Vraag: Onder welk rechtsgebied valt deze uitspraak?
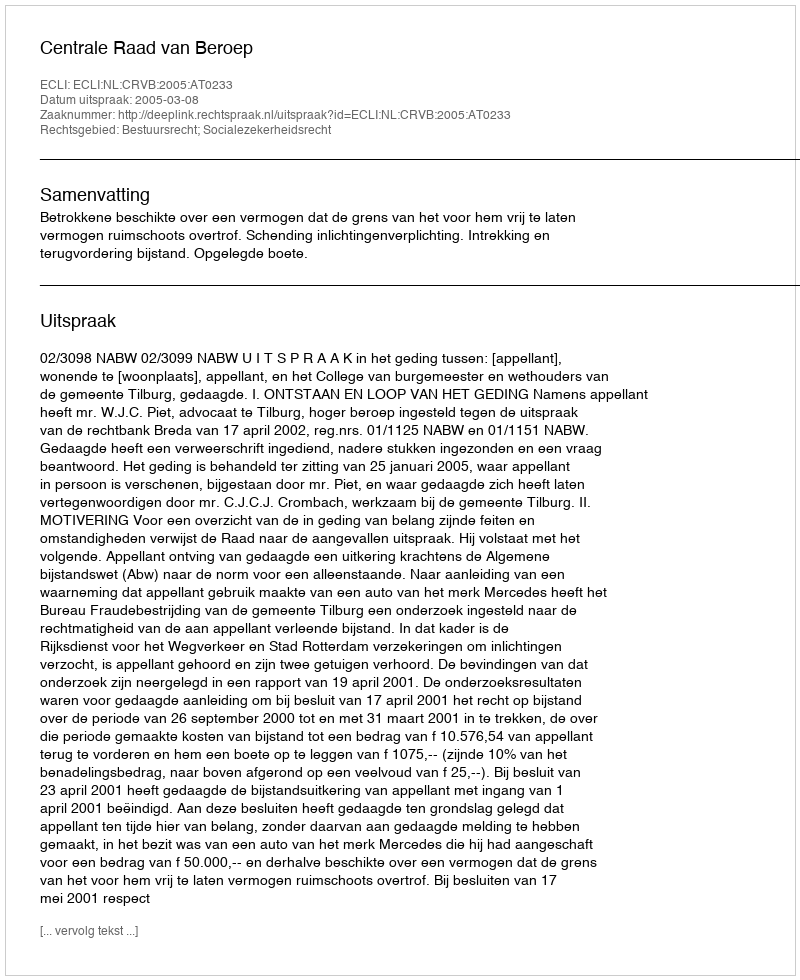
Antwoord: Bestuursrecht; Socialezekerheidsrecht